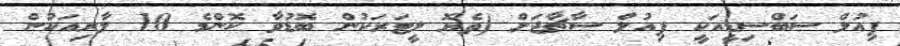
ފިއުލް ސަބްސިޑީއަކީ ފިއުލް ސާޗާޖަށް (ތެޔޮ ލީޓަރަކުން ބޮޑުވާ ކޮންމެ 10 ލާރިއަކުން